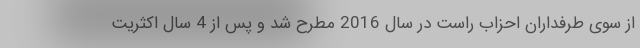
از سوی طرفداران احزاب راست در سال 2016 مطرح شد و پس از 4 سال اکثریت